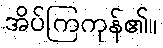
အိပ်ကြကုန်၏။